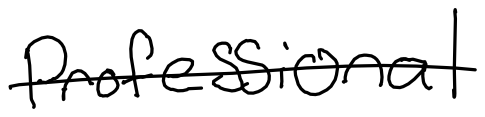
Text: professional
Cross-out: single-line
Writing tool: digital_black